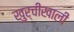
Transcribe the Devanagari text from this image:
खुर्चीखाली